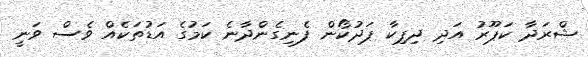
ޝްރަދާ ކަޕޫރު އަދި ދިޕިކާ ޕަދުކޯން ފެނިގެންދާނެ ކަމުގެ އަޑުތަކެއް ވެސް ވަނީ